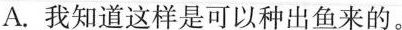
A.我知道这样是可以种出鱼来的。